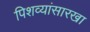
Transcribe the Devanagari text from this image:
पिशव्यांसारखा